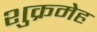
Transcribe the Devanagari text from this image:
शुक्रमेह